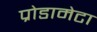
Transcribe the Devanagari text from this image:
प्रोडामेटा